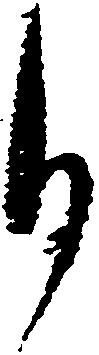
月